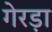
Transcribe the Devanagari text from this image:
गेरड़ा